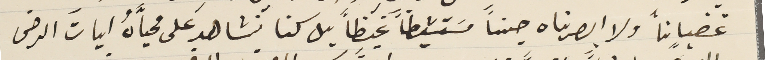
غضباناً ولا ابصرناه جناً مسَتشيطاً غيظاً بل كنا نشاهد على محياَّهُ اياتَ الرضى